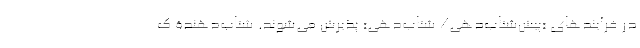
در فرآیندهای «پیش‌شتاب‌دهی/ شتاب‌دهی» پذیرش می‌شوند. شتاب‌دهندۀ ک